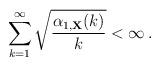
LaTeX: \begin{align*}\sum_{k=1}^\infty \sqrt{\frac{\alpha_{1, {\bf X}}(k)}{k}} < \infty\, .\end{align*}